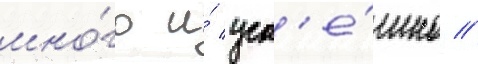
мно́го и́ усп'е́шно //